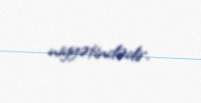
niyyətindədir.